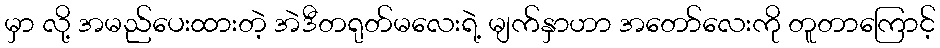
မှာ လို့ အမည်ပေးထားတဲ့ အဲဒီတရုတ်မလေးရဲ့ မျက်နှာဟာ အတော်လေးကို တူတာကြောင့်